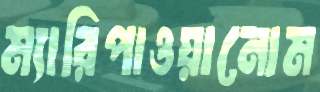
ম্যারিপাওয়ানোম